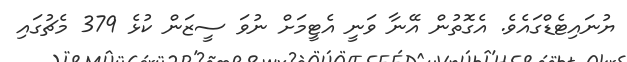
ޔުނައިޓެޑްގައެވެ. އެގޮތުން އޭނާ ވަނީ އެޓީމަށް ނުވަ ސީޒަން ކުޅެ 379 މެޗުގައި